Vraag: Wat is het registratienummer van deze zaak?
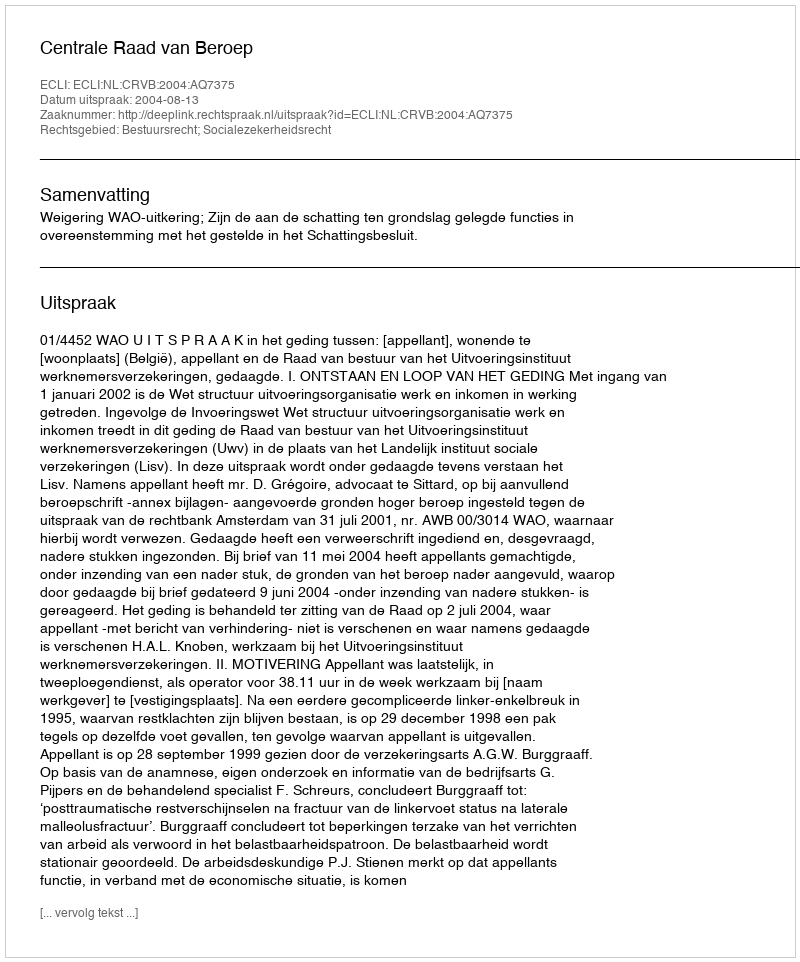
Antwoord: http://deeplink.rechtspraak.nl/uitspraak?id=ECLI:NL:CRVB:2004:AQ7375